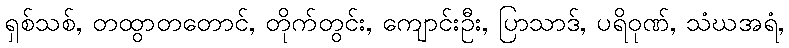
ရှစ်သစ်, တထွာတတောင်, တိုက်တွင်း, ကျောင်းဦး, ပြာသာဒ်, ပရိဝုဏ်, သံဃအရံ,